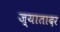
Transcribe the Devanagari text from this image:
ज़्यातादर